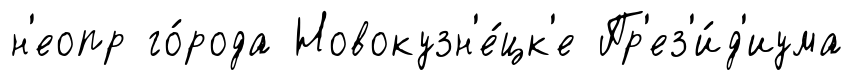
н'еопр го́рода Новокузн'е́цк'е Пр'ез'и́д'иума